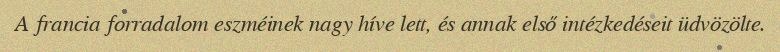
A francia forradalom eszméinek nagy híve lett, és annak első intézkedéseit üdvözölte.